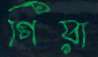
গিয়া